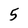
Character: 5